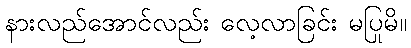
နားလည်အောင်လည်း လေ့လာခြင်း မပြုမိ။